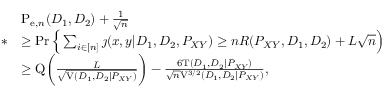
\begin{array} { r l } & { \mathrm { P } _ { \mathrm { e } , n } ( D _ { 1 } , D _ { 2 } ) + \frac { 1 } { \sqrt { n } } } \\ { * } & { \geq \operatorname* { P r } \Big \{ \sum _ { i \in [ n ] } \jmath ( x , y | D _ { 1 } , D _ { 2 } , P _ { X Y } ) \geq n R ( P _ { X Y } , D _ { 1 } , D _ { 2 } ) + L \sqrt { n } \Big ) } \\ & { \geq \mathrm { Q } \bigg ( \frac { L } { \sqrt { \mathrm { V } ( D _ { 1 } , D _ { 2 } | P _ { X Y } ) } } \bigg ) - \frac { 6 \mathrm { T } ( D _ { 1 } , D _ { 2 } | P _ { X Y } ) } { \sqrt { n } \mathrm { V } ^ { 3 / 2 } ( D _ { 1 } , D _ { 2 } | P _ { X Y } ) } , } \end{array}